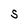
Character: S